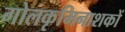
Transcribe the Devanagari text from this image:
गोलकृमिनाशकों